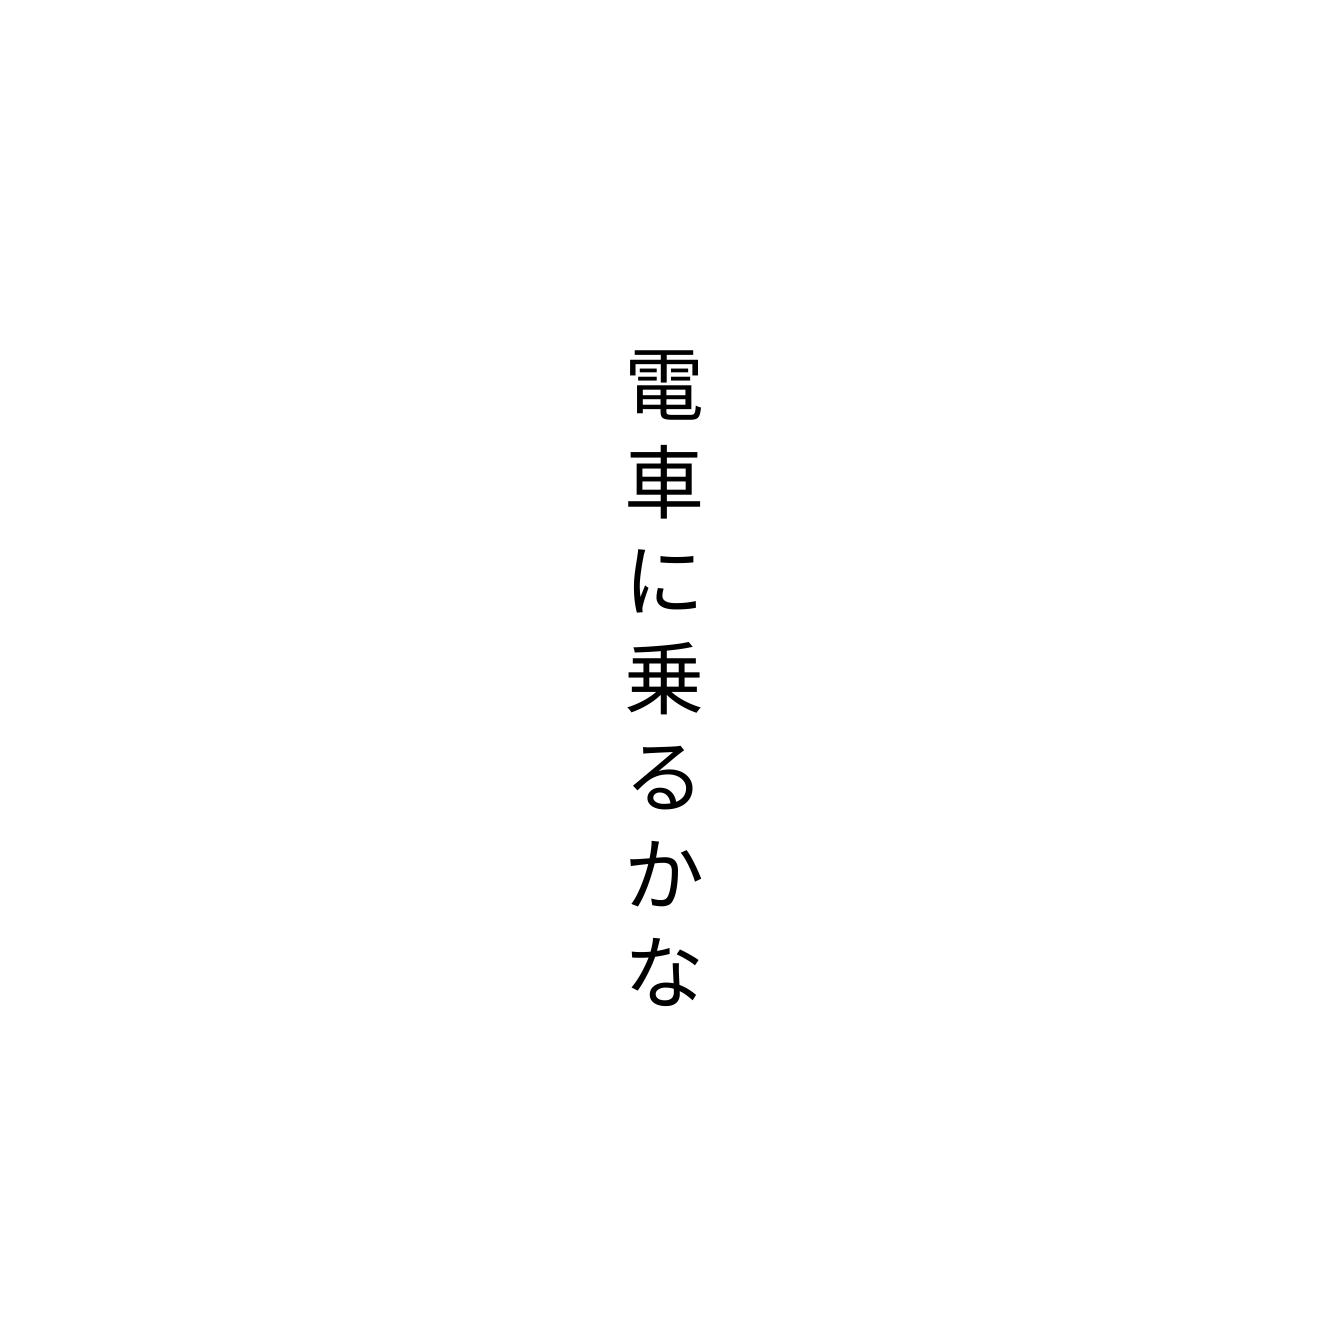
電車に乗るかな